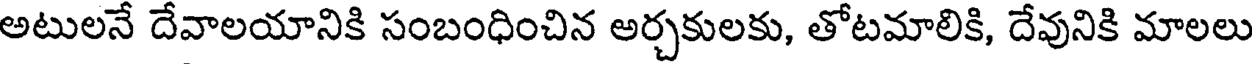
అటులనే దేవాలయానికి సంబంధించిన అర్చకులకు, తోటమాలికి, దేవునికి మాలలు